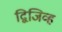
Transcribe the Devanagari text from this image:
द्विजिव्ह